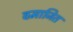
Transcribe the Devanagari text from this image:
वमाजित